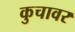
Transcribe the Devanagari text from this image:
कुचावर